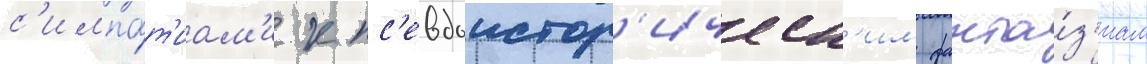
с'импа́т'иам'и к пс'евдоистор'ическ'им фанта́з'иам